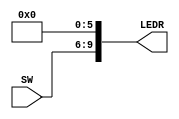
module switches_to_leds_top(
    input [0:3] SW,
    output [0:9] LEDR);

assign LEDR[0] = SW[0];
assign LEDR[1] = SW[1];
assign LEDR[2] = SW[2];
assign LEDR[3] = SW[3];

assign LEDR[4:9] = 8'h00;

endmodule //switches_to_leds